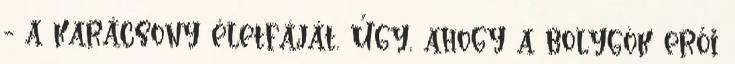
- a karácsony életfáját. Úgy, ahogy a bolygók erői